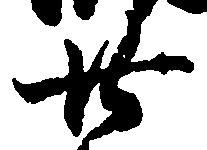
廿